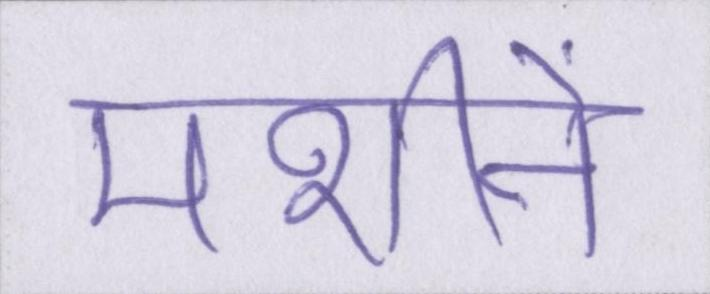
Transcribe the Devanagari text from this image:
मशीनें